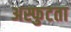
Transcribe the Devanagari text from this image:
अस्फुटता